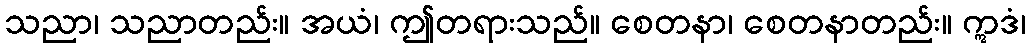
သညာ၊ သညာတည်း။ အယံ၊ ဤတရားသည်။ စေတနာ၊ စေတနာတည်း။ ဣဒံ၊